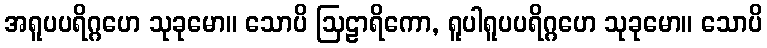
အရူပပရိဂ္ဂဟေ သုခုမော။ သောပိ ဩဠာရိကော, ရူပါရူပပရိဂ္ဂဟေ သုခုမော။ သောပိ